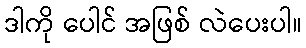
ဒါကို ပေါင် အဖြစ် လဲပေးပါ။